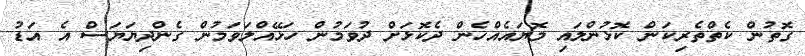
ގޮތުން ކެތްްތެރިކަން ކޮޅުންލައި މޮޔައެއްހެން ދެކޮޅަށް ދުވަމުން ހަޅޭއްލަވަމުން ގެންދިޔަޔަސް އެ އަޑު